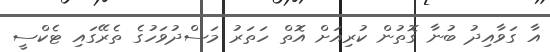
އާ ގަވާއިދު ބުނާ ގޮތުން ކުރިއަށް އޮތް ހަތަރު މަސްދުވަހުގެ ތެރޭގައި ޓެކްސީ